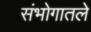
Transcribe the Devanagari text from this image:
संभोगातले